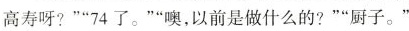
高寿呀?””74了。””噢，以前是做什么的?””厨子。”